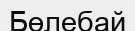
Бөлебай